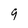
Character: 9